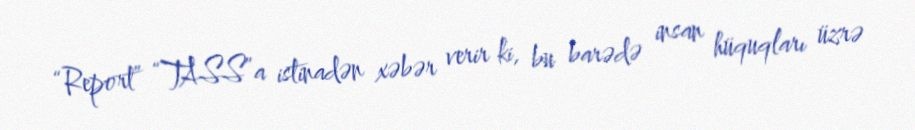
“Report” “TASS”a istinadən xəbər verir ki, bu barədə insan hüquqları üzrə